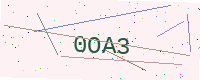
Text: 0OA3